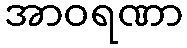
အာဝရဏာ